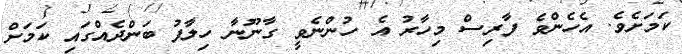
ކަމަށެވެ. އެހެންވެ ފާރިސް މިހާރު އެ ހުންނެވީ ގާނޫނާ ހިލާފު ބަންދެއްގައި ކަމަށް